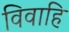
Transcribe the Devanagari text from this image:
विवाहि